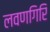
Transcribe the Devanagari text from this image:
लवणगिरि